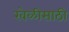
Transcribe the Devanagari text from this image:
खेळीसाठी